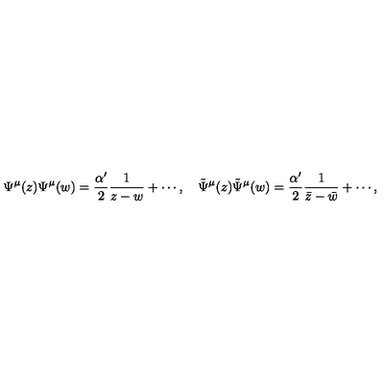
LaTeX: \Psi ^ { \mu } ( z ) \Psi ^ { \mu } ( w ) = \frac { \alpha ^ { \prime } } { 2 } \frac { 1 } { z - w } + \cdots , \quad \tilde { \Psi } ^ { \mu } ( z ) \tilde { \Psi } ^ { \mu } ( w ) = \frac { \alpha ^ { \prime } } { 2 } \frac { 1 } { \bar { z } - \bar { w } } + \cdots ,